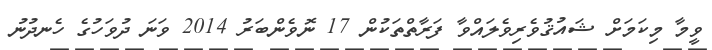
ވީމާ މިކަމަށް ޝައުޤުވެރިވެލައްވާ ފަރާތްތަކުން 17 ނޮވެންބަރު 2014 ވަނަ ދުވަހުގެ ހެނދުނު